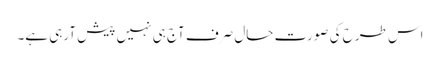
اس طرح کی صورت حال صرف آج ہی نہیں پیش آرہی ہے۔